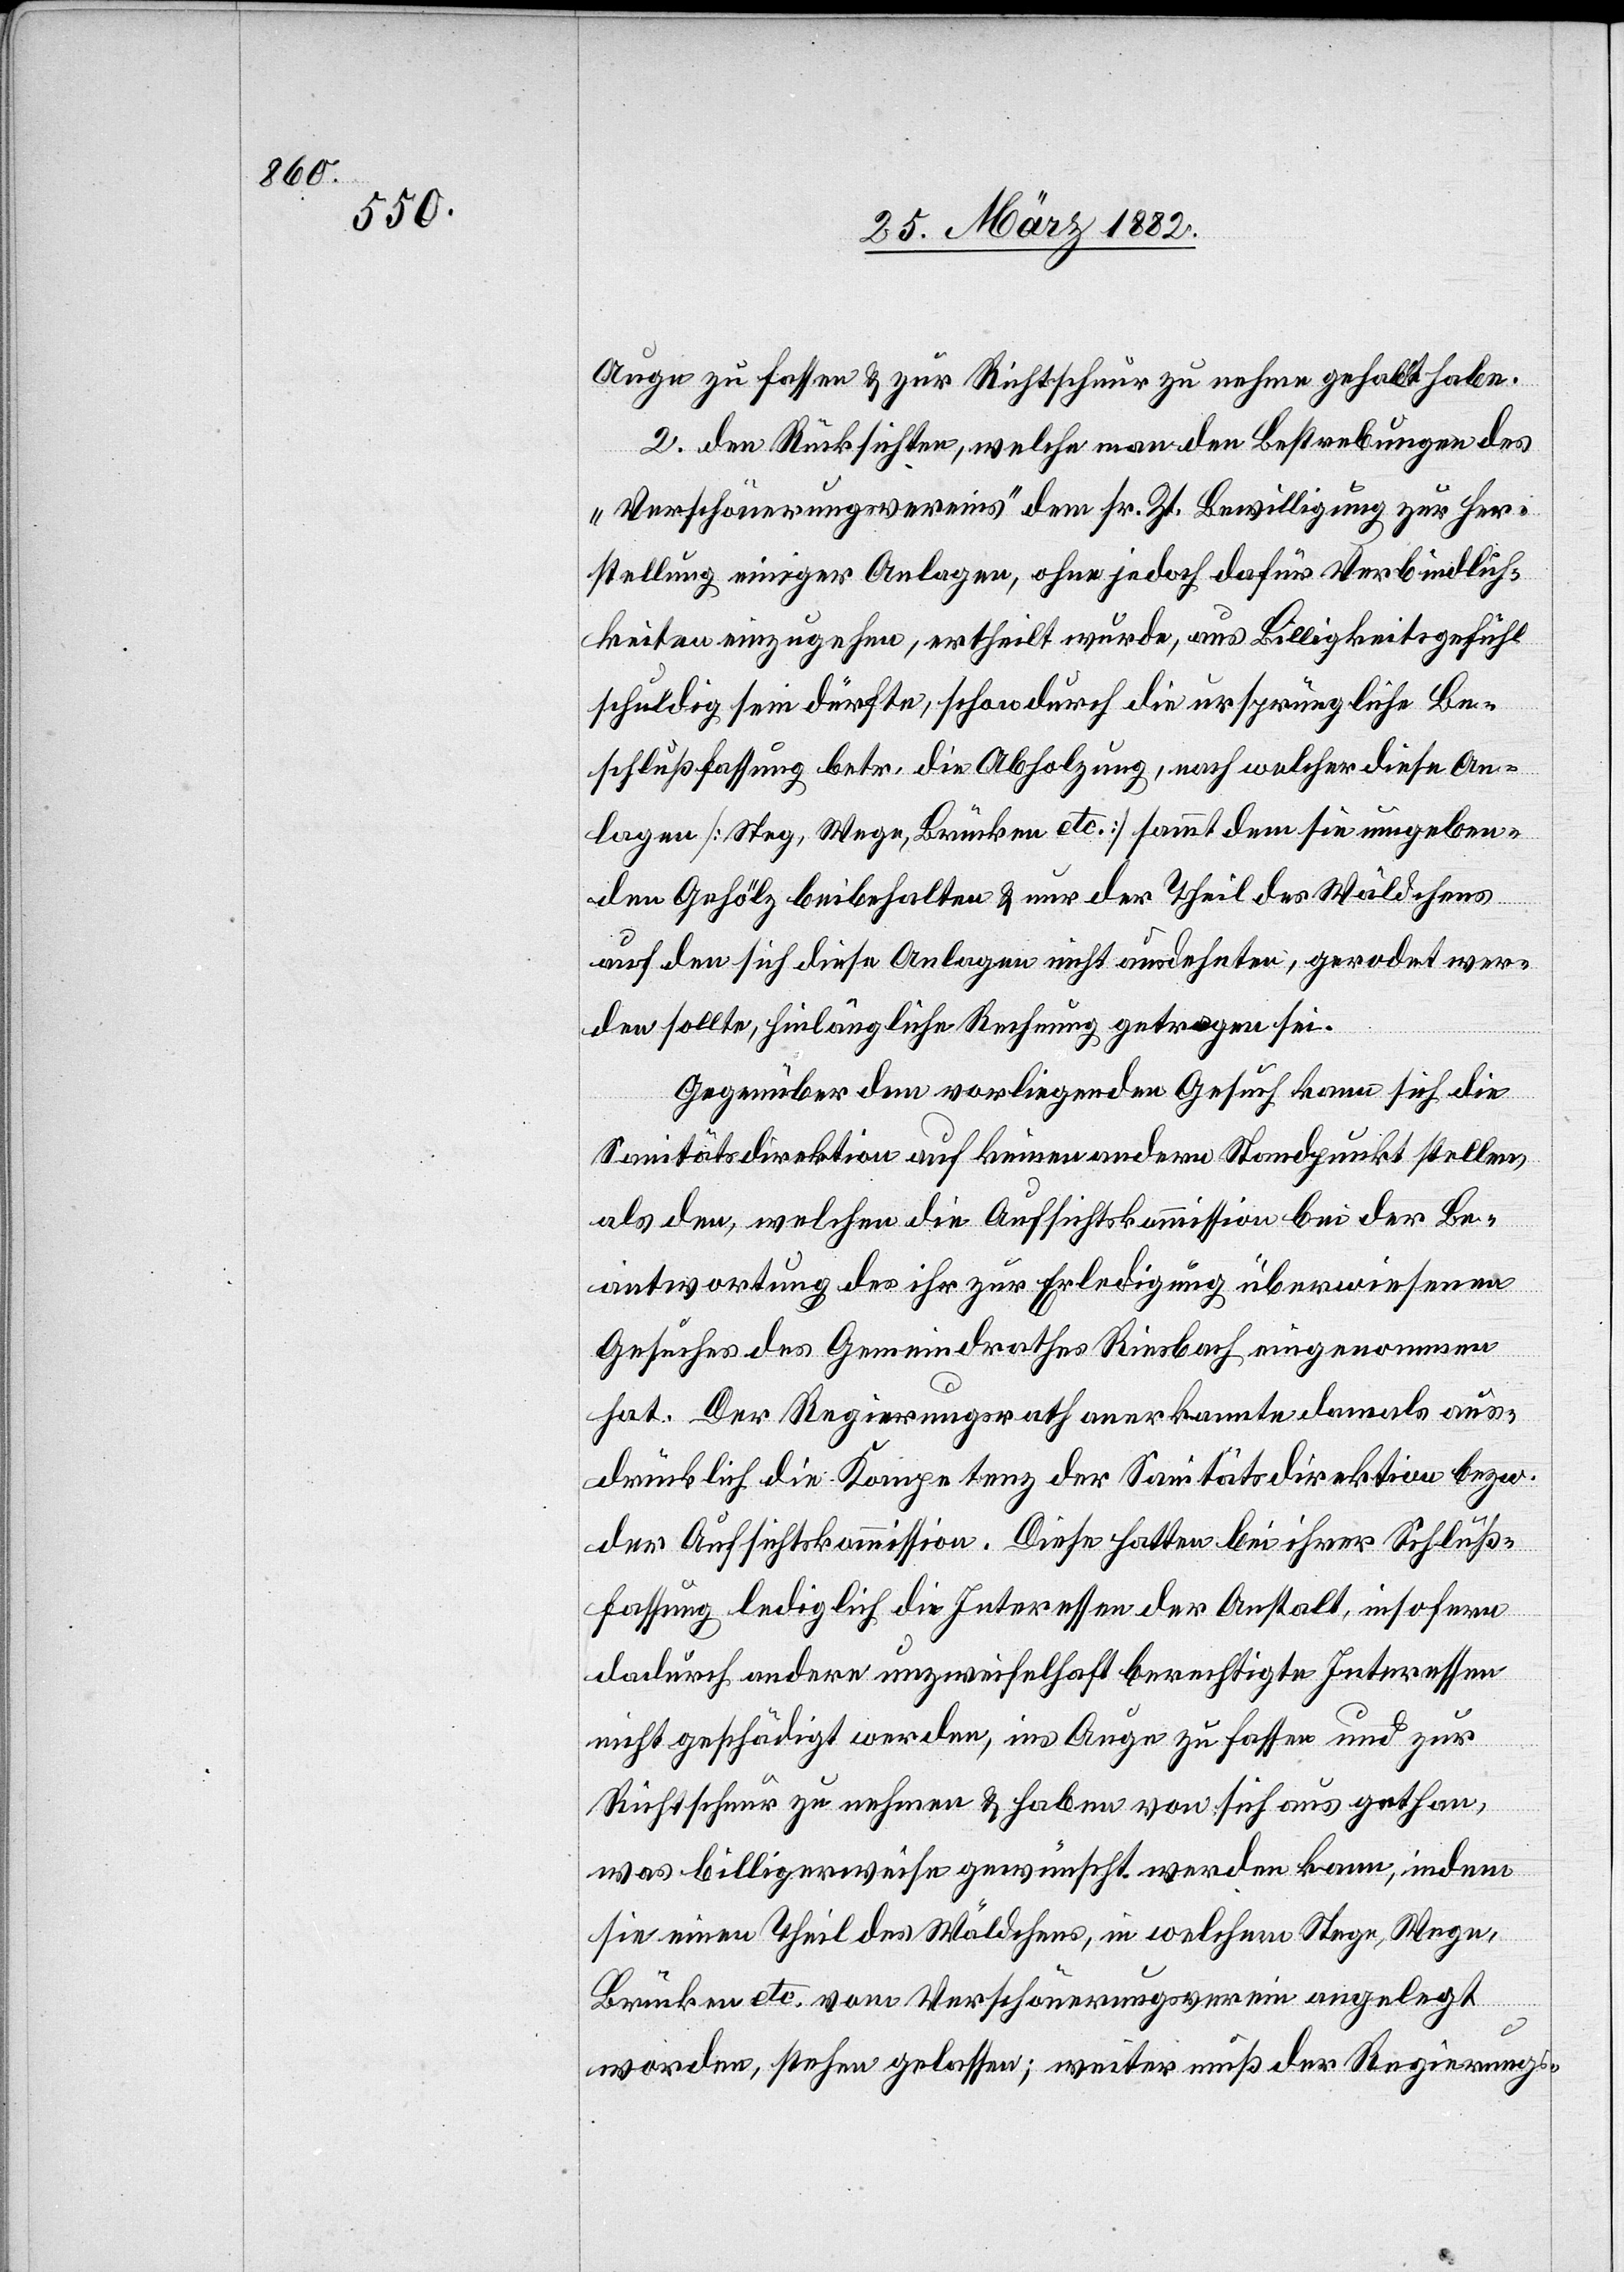
Auge zu fassen & zur Richtschnur zu nehmen gehabt habe.
2. Den Rücksichten, welche man den Bestrebungen des
„Verschönerungsvereins“ dem sr. Zt. Bewilligung zur Her¬
stellung einiger Anlagen, ohne jedoch dafür Verbindlich¬
keiten einzugehen, ertheilt wurde, aus Billigkeitsgefühl
schuldig sein dürfte, schon durch die ursprüngliche Be¬
schlußfassung betr. die Abholzung, nach welcher diese An¬
lage [Steg, Wege, Brücken etc.] sammt dem sie umgeben¬
den Gehölz beibehalten & nur der Theil des Wäldchens
auf den sich diese Anlage nicht ausdehnte, gerodet wer¬
den sollte, hinlänglich Rechnung getragen sei.
Gegenüber dem vorliegenden Gesuch kann sich die
Sanitätsdirektion auf keinen anderen Standpunkt stellen,
als den, welchen die Aufsichtskommission bei der Be¬
antwortung des ihr zur Erledigung überwiesenen
Gesuches des Gemeindrathes Riesbach eingenommen
hat. Der Regierungsrath anerkannte damals aus¬
drücklich die Kompetenz der Sanitätsdirektion bezw.
der Aufsichtskommission. Diese hatte bei ihrer Schluß¬
fassung lediglich die Interessen der Anstalt, insofern
dadurch andere unzweifelhaft berechtigte Interessen
nicht geschädigt werden, ins Auge zu fassen und zur
Richtschnur zu nehmen & haben von sich aus gethan,
was billligerweise gewünscht werden kann, indem
sie einen Theil des Wäldchens, in welchen Stege, Wege,
Brücken etc. vom Verschönerungsverein angelegt
worden, stehen gelassen; weiter muß der Regierungs-